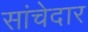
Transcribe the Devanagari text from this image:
सांचेदार